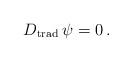
LaTeX: \begin{align*}D_\mathrm{trad}\,\psi=0\,.\end{align*}